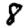
Digit: 8